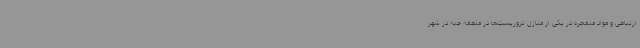
ارتباطی و مواد منفجره در یکی از منازل تروریست‌ها در منطقه جبه در شهر